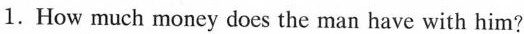
1.How much money does the man have with him?